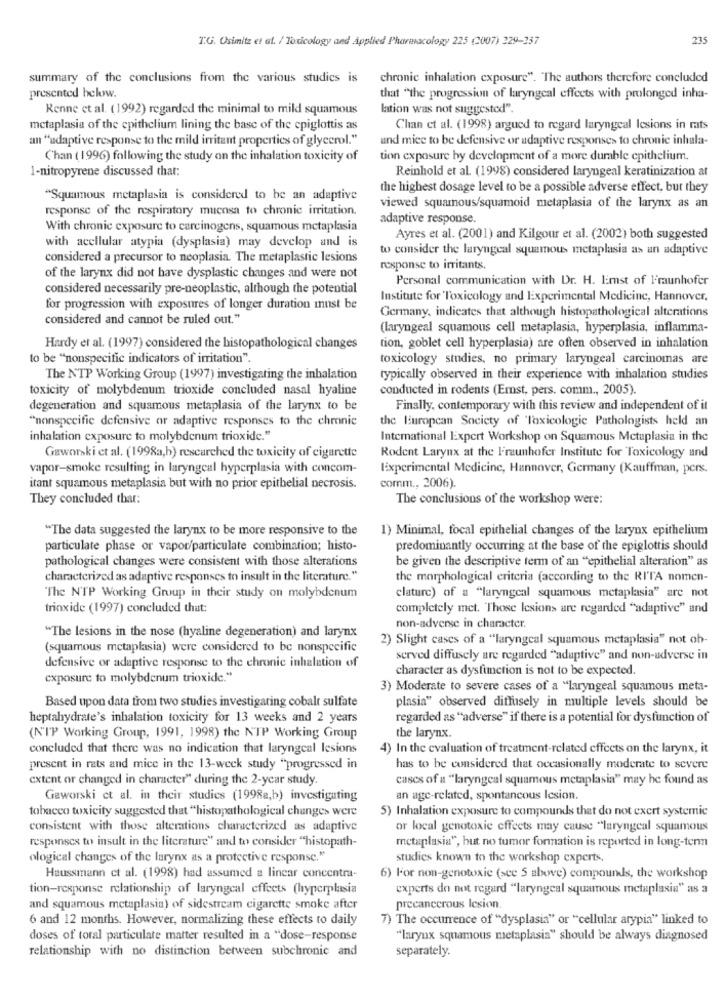
T.G. Osimitz et al. / Toxicology and Applied Pharmacology 225 (2007) 229-357
235
summary of the conclusions from the various studies is
chronic inhalation exposure". "The authors therefore concluded
presented below.
that "the progression of laryngeal effects with prolonged inha-
Kenne et al. (1992) regarded the minimal to mild squamous
lation was not suggested".
metaplasia of the epithelium lining the base of the cpiglottis as
Chan et al. (1998) argued to regard laryngeal Iesions in rats
an "adaptive response to the mild irritant properties of glycerol."
und mice to be defensive or adaptive responses to chronic inhala-
Chan ( 1996) following the study on the inhalation toxicity of
tion exposure hy development of a more durable epithelium.
1-nitropyrene discussed that:
Reinhold et al. (1998) considered laryngeal keratinization at
the highest dosage level to be a possible adverse effect, but they
"Squamous metaplasia is considered to be an adaptive
response of the respiratory mucosa to chronic irritation.
viewed squamous/squamoid metaplasia of the larynx as an
adaptive response.
With chronic exposure to carcinogens, squamous metaplasia
Ayres et al. (2001) and Kilgour et al. (2002) both suggested
with acellular atypia (dysplasia) may develop and is
to consider the laryngeal squamous metaplasia as an adaptive
considered a precursor to neoplasia. The metaplastic lesions
response to irritants.
of the larynx did not have dysplastic changes and were not
Personal communication with Dr. H. Emst of Fraunhofer
considered necessarily pre-neoplastic, although the potential
Institute for Toxicology and Experimental Medicine, Hannover,
for progression with exposures of longer duration must be
considered and cannot be ruled out."
Germany, indicates that although histopathological alterations
(laryngeal squamous cell metaplasia, hyperplasia, inflamma-
Hardy et al. (1997) considered the histopathological changes
tion, goblet cell hyperplasia) are often observed in inhalation
to be "nonspecific indicators of irritation"
toxicology studies, no primary laryngeal carcinomas are
The NTP Working Group (1997) investigating the inhalation
typically observed in their experience with inhalation studies
toxicity of molybdenum trioxide concluded nasal hyaline
conducted in rodents (Ernst, pers. comm ., 2005).
degeneration and squamous metaplasia of the larynx to be
Finally, contemporary with this review and independent of it
"nonspecific defensive or adaptive responses to the chmnie
the Biuropcan Society of Toxicologie Pathologists held an
inhalation exposure to molybdenum trioxide."
International Expert Workshop on Squamous Metaplasia in the
Gaworski et al. (1998a,b) researched the toxicity of cigarette
Rodent Larynx at the Fraunhofer Institute for Toxicology and
vapor-smoke resulting in laryngeal hyperplasia with concom-
Experimental Medicine, Hannover, Germany (Kauffman, pers.
comm ., 2006).
itant squamous metaplasia but with no prior epithelial necrosis.
They concluded that:
The conclusions of the workshop were:
"The data suggested the larynx to be more responsive to the
1) Minimal, focal epithelial changes of the larynx epithelium
particulate phase or vapor/particulate combination; histo-
predominantly occurring at the base of the epiglottis should
pathological changes were consistent with those alterations
be given the descriptive term of an "epithelial alteration" as
characterized as adaptive responses to insult in the literature."
the morphological criteria (according to the RITA nomen-
claturc) of a "laryngeal squamous metaplasia" are not
"The N'TP Working Group in their study on molybdenum
trioxide (1997) concluded that:
completely met. Those Icsions are regarded "adaptive" and
non-adverse in character.
"The lesions in the nose (hyaline degeneration) and larynx
2) Slight cases of a "laryngeal squamous metaplasia" not oh-
(squamous metaplasia) were considered to be nonspecific
defensive or adaptive response to the chronic inhalation of
served diffusely are regarded "adaptive" and non-adverse in
character as dysfunction is not to be expected.
exposure to molybdenum trioxide."
3) Moderate to severe cases of a "laryngeal squamous meta-
Based upon data from two studies investigating cobalt sulfate
plasia" observed diffusely in multiple levels should be
heptahydrate's inhalation toxicity for 13 weeks and 2 years
regarded as "adverse" if there is a potential for dysfunction of
(N"IP Working Group, 1991, 1998) the NTP Working Group
the larynx.
concluded that there was no indication that laryngeal lesions
4) In the evaluation of treatment-related effects on the larynx, it
present in rats and mice in the 13-week study "progressed in
has to be considered that occasionally moderate to severe
extent or changed in character" during the 2-year study.
cases of a "laryngeal squamous metaplasia" may he found as
Gaworski et al. in their studies (1998a,b) investigating
an age-related, spontancous Icsion.
tobacco toxicity suggested that "histopathological changes were
5) Inhalation exposure to compounds that do not exert systemie
consistent with those alterations characterized as adaptive
or local genotoxic effects may cause "laryngeal squamous
responses to insult in the literature" and to consider "histopath-
metaplasia", but no tumor formation is reported in long-term
ological changes of the larynx as a protective response."
studies known to the workshop experts.
Haussmann et al. (1998) had assumed a linear concentra-
6) For non-genotoxic (see 5 above) compounds, the workshop
tion-response relationship of laryngeal effects (hyperplasia
experts do not regard "laryngeal squamous metaplasia" as a
and squamous metaplasia) of sidestream cigarette smoke after
precancerous lesion.
6 and 12 months. However, normalizing these effects to daily
7) The occurrence of "dysplasia" or "cellular arypia" linked to
doses of toral particulate matter resulted in a "dose-response
"larynx squamous metaplasia" should be always diagnosed
relationship with no distinction between subchronic and
separately.